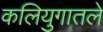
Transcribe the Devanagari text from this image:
कलियुगातले